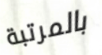
بالمرتبة